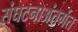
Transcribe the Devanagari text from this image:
संघटनाअंतर्गत